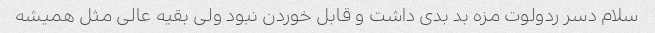
سلام دسر ردولوت مزه بد بدی داشت و قابل خوردن نبود ولی بقیه عالی مثل همیشه